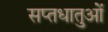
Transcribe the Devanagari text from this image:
सप्तधातुओं